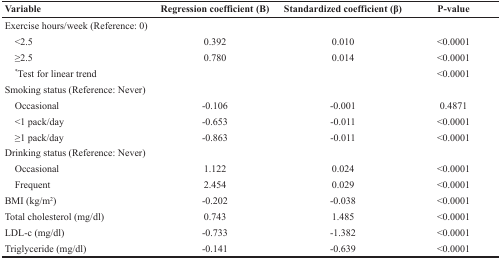
<table><thead><tr><td><b>Variable</b></td><td><b>Regression coefficient (B)</b></td><td><b>Standardized coefficient (β)</b></td><td><b>P-value</b></td></tr></thead><tbody><tr><td>Exercise hours/week (Reference: 0)</td><td></td><td></td><td></td></tr><tr><td> &lt;2.5</td><td>0.392</td><td>0.010</td><td>&lt;0.0001</td></tr><tr><td> ≥2.5</td><td>0.780</td><td>0.014</td><td>&lt;0.0001</td></tr><tr><td> <sup>*</sup>Test for linear trend</td><td></td><td></td><td>&lt;0.0001</td></tr><tr><td>Smoking status (Reference: Never)</td><td></td><td></td><td></td></tr><tr><td> Occasional</td><td>-0.106</td><td>-0.001</td><td>0.4871</td></tr><tr><td> &lt;1 pack/day</td><td>-0.653</td><td>-0.011</td><td>&lt;0.0001</td></tr><tr><td> ≥1 pack/day</td><td>-0.863</td><td>-0.011</td><td>&lt;0.0001</td></tr><tr><td>Drinking status (Reference: Never)</td><td></td><td></td><td></td></tr><tr><td> Occasional</td><td>1.122</td><td>0.024</td><td>&lt;0.0001</td></tr><tr><td> Frequent</td><td>2.454</td><td>0.029</td><td>&lt;0.0001</td></tr><tr><td>BMI (kg/m<sup>2</sup>)</td><td>-0.202</td><td>-0.038</td><td>&lt;0.0001</td></tr><tr><td>Total cholesterol (mg/dl)</td><td>0.743</td><td>1.485</td><td>&lt;0.0001</td></tr><tr><td>LDL-c (mg/dl)</td><td>-0.733</td><td>-1.382</td><td>&lt;0.0001</td></tr><tr><td>Triglyceride (mg/dl)</td><td>-0.141</td><td>-0.639</td><td>&lt;0.0001</td></tr></tbody></table>